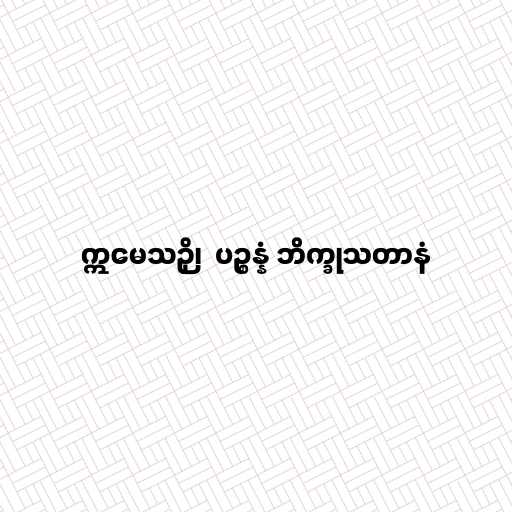
ဣမေသဉှိ၊  ပဉ္စန္နံ ဘိက္ခုသတာနံ